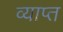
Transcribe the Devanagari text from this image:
व्याप्‍त